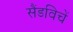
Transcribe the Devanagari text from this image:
सैंडविचें